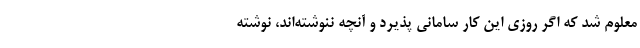
معلوم شد که اگر روزی این کار سامانی پذیرد و آنچه ننوشته‌اند، نوشته